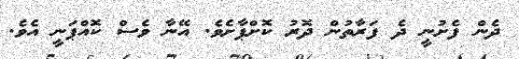
ދެން ފެށުނީ ދެ ފަރާތުން ދޮރު ކޮށްޕާށެވެ. އޭނާ ވެސް ކޮއްޕަނީ އެވެ.